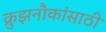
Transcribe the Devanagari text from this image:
क्रुझनौकांसाठी